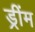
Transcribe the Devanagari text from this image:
ड्रींम